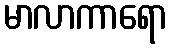
မာလာကာရော